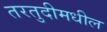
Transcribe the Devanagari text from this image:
तरतुदीमधील